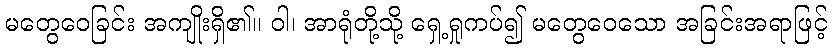
မတွေဝေခြင်း အကျိုးရှိ၏။ ဝါ၊ အာရုံတို့သို့ ရှေ့ရှုကပ်၍ မတွေဝေသော အခြင်းအရာဖြင့်